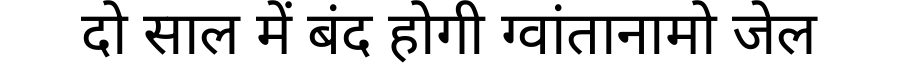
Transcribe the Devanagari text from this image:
दो साल में बंद होगी ग्वांतानामो जेल